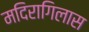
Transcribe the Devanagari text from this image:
मदिरागिलास